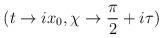
LaTeX: \begin{align*}(t\rightarrow ix_{0},\chi \rightarrow \frac{\pi }{2}+i\tau )\end{align*}